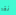
نقد